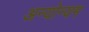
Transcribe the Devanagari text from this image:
अन्योन्यम